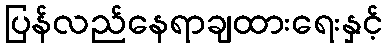
ပြန်လည်နေရာချထားရေးနှင့်